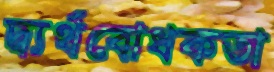
দ্ব্যর্থবোধকতা